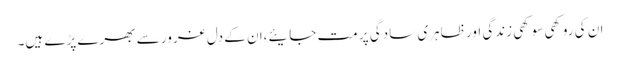
ان کی روکھی سوکھی زندگی اور ظاہری سادگی پر مت جایئے،ان کے دل غرور سے بھرے پڑے ہیں۔